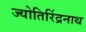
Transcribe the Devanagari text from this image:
ज्योतिरिंद्रनाथ